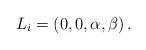
LaTeX: \begin{align*} {L}_i=\left( 0, 0, \alpha, \beta\right).\end{align*}